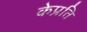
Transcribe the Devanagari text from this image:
केप्रति